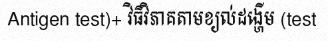
Antigen test)+ វិធីវិភាគតាមខ្យល់ដង្ហើម (test